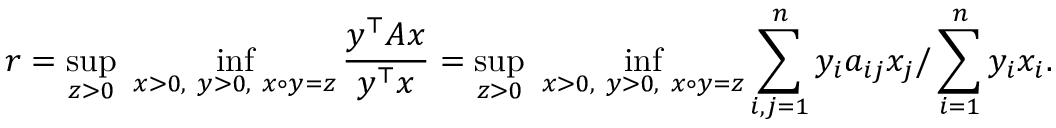
r = \operatorname* { s u p } _ { z > 0 } \ \operatorname* { i n f } _ { x > 0 , \ y > 0 , \ x \circ y = z } { \frac { y ^ { \top } A x } { y ^ { \top } x } } = \operatorname* { s u p } _ { z > 0 } \ \operatorname* { i n f } _ { x > 0 , \ y > 0 , \ x \circ y = z } \sum _ { i , j = 1 } ^ { n } y _ { i } a _ { i j } x _ { j } / \sum _ { i = 1 } ^ { n } y _ { i } x _ { i } .